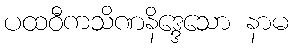
ပထဝီကသိဏနိဒ္ဒေသော နာမ